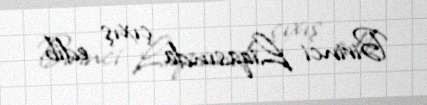
Birinci Liqasında çıxış edib.